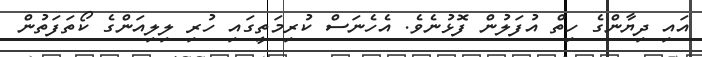
އައި ދިޔާންގެ ހިތް އުފަލުން ފޮޅުނެވެ. އެހެނަސް ކުރިމަތީގައި ހުރި ލިލިއަންގެ ކޯތަފަތުން